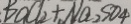
B O C l _ { 2 } + N a _ { 2 } S O _ { 4 }